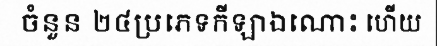
ចំនួន ២៤ប្រភេទកីឡាឯណោះ ហើយ